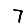
Digit: 7